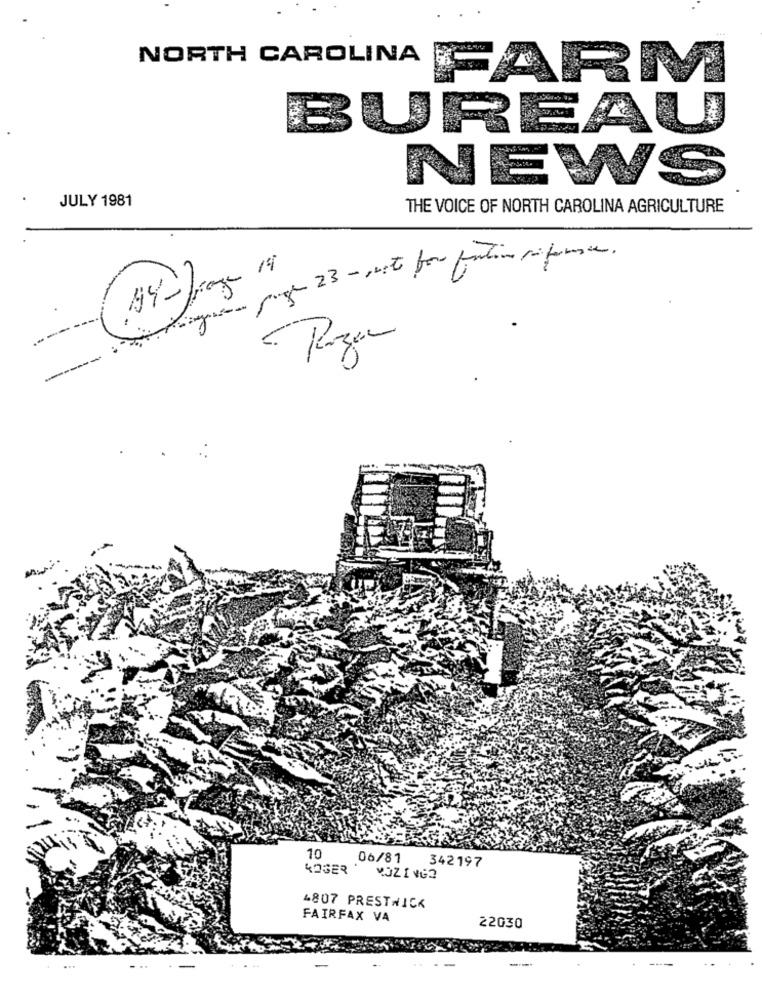
NORTH CAROLINA
FARM
BUREAU
NEWS
JULY 1981
THE VOICE OF NORTH CAROLINA AGRICULTURE
14-frage 14
post- 23 - mit for funtion sifone.
--
Rozen
--
10
06/81
ROGER
342197
VOZ INGO
4807 PRESTWICK
FAIRFAX VA
22030